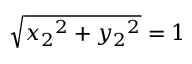
{ \sqrt { { x _ { 2 } } ^ { 2 } + { y _ { 2 } } ^ { 2 } } } = 1